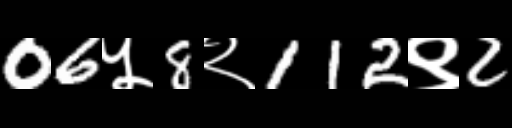
Text: 06५8२112९2